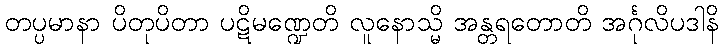
တပ္ပမာနာ ပိတုပိတာ ပဋိမဏ္ဍေတိ လူနောသ္မိ အန္တရတောတိ အင်္ဂုလိပဒါနိ